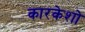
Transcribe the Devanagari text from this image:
कारकेशो